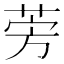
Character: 𫟐